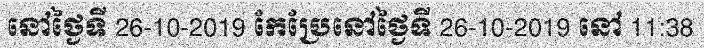
នៅថ្ងៃទី 26-10-2019 កែប្រែនៅថ្ងៃទី 26-10-2019 នៅ 11:38